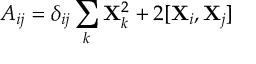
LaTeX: A _ { i j } = \delta _ { i j } \sum _ { k } { \bf X } _ { k } ^ { 2 } + 2 [ { \bf X } _ { i } , { \bf X } _ { j } ]